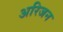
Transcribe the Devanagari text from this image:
अरिजन